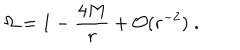
\Omega = 1 - \frac { 4 M } { r } + { \cal O } ( r ^ { - 2 } ) \; .